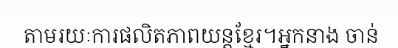
តាមរយៈការផលិតភាពយន្តខ្មែរ។អ្នកនាង ចាន់